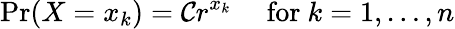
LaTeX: \Pr(X=x_{k})=\mathcal{C}r^{x_{k}}\quad{\mathrm{{~for~}}}k=1,\ldots,n